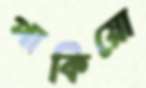
পাকিয়ো